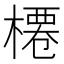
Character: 𣘝